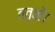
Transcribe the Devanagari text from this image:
तत्वों।